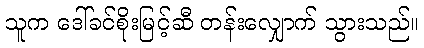
သူက ဒေါ်ခင်စိုးမြင့်ဆီ တန်းလျှောက် သွားသည်။